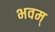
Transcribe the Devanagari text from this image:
भवम्